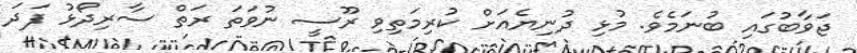
ޖަވާބުގައި ބުނަމެވެ. މުޅި ދުނިޔެއަށް ކުރިމަތިވި ރޫސީ ނުވަތަ ރަތް ސާރިދޯޅު ފަދަ